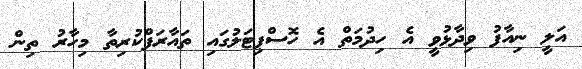
އަލީ ނިއާފު ވިދާޅުވީ އެ ހިދުމަތް އެ ހޮސްޕިޓަލުގައި ތައާރަފްކުރިތާ މިހާރު ތިން